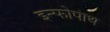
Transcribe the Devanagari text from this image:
इन्फोपाथ